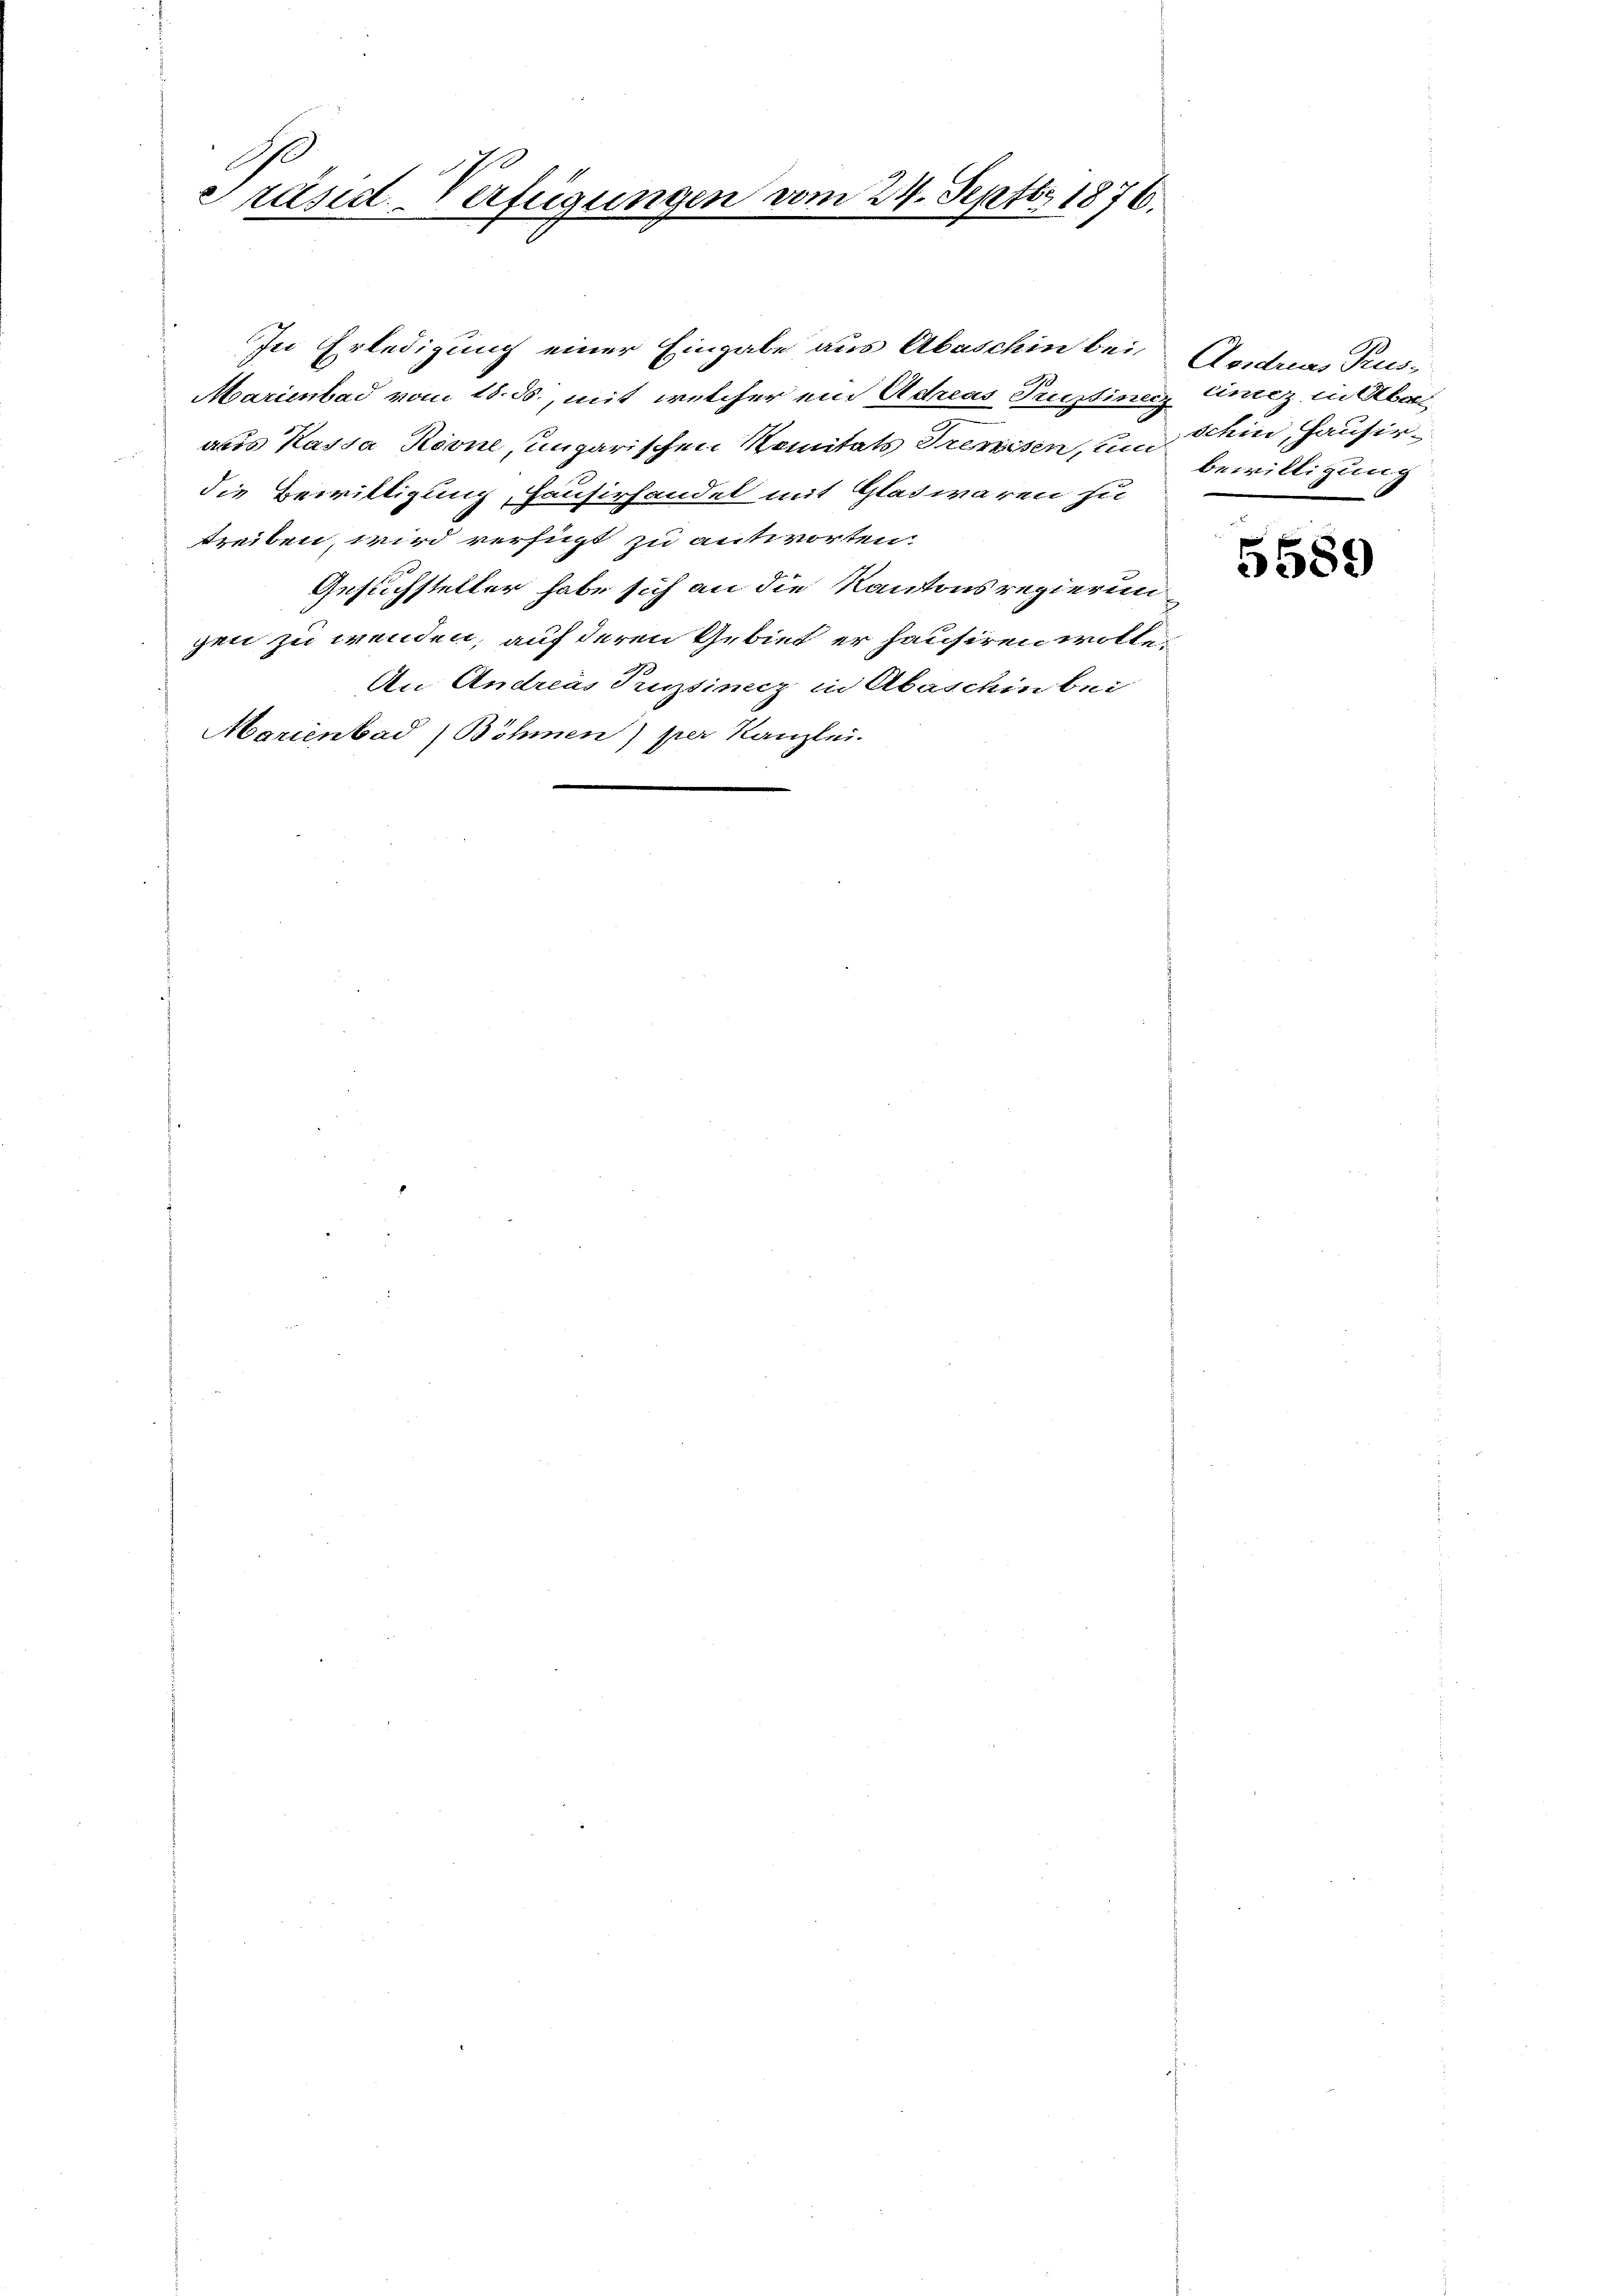
Präsid-Verfügungen vom 24. Septbr 1876.

Marienbad vom 18. ds., mit welcher ein Adreas Prustine Enez, in Aber
aus Kassa Roone, ungarischen Renitals Preisen, und bewilligung
die Bewilligung, Hausirhandel mit Glatwaren zu
treiben wird verfügt zu antworten.
Gesuchsteller habe sich an die Kantonsregierungen zu wenden, auf deren Gebiet er hausiren wollen.
An Andreas Tessiniz in Abaschin bei
Marienbad, Böhmen) per Kanzlei.

In Erledigung einer Eingabe aus Abaschin bei

Aordres Prus-
schin, Hausir

5589